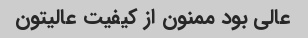
عالی بود ممنون از کیفیت عالیتون